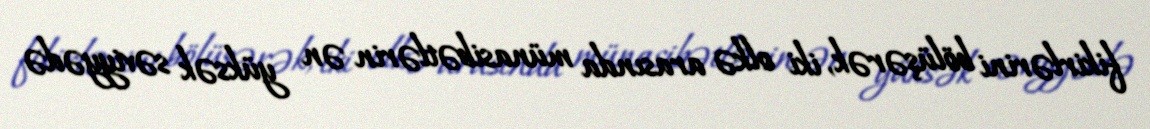
fikirlərini bölüşərək, iki olkə arasında münasibətlərin ən yüksək səviyyədə